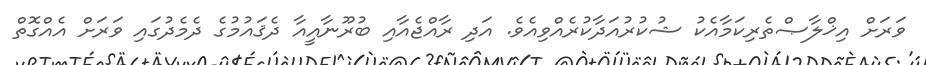
ވަރަށް އިޚްލާޞްތެރިކަމާއެކު ޝުކުރުއަދާކުރެއްވިއެވެ. އަދި ރާއްޖެއާއި ބުރޫނާއީއާ ދެޤައުމުގެ ދެމެދުގައި ވަރަށް އެއްގޮތް